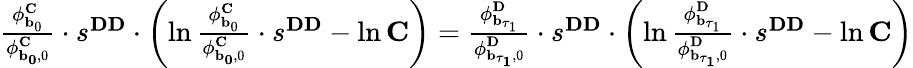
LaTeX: \begin{array}{r}{\frac{\mathbf{\phi}_{\mathbf{b}_{0}}^{\mathbf{C}}}{\mathbf{\phi}_{\mathbf{{b}_{0}},0}^{\mathbf{C}}}\cdot s^{\mathbf{DD}}\cdot\left(\ln\frac{\mathbf{\phi}_{\mathbf{b}_{0}}^{\mathbf{C}}}{\mathbf{\phi}_{\mathbf{{b}_{0}},0}^{\mathbf{C}}}\cdot s^{\mathbf{DD}}-\ln\mathbf{C}\right)=\frac{\mathbf{\phi}_{\mathbf{b}_{\tau_{1}}}^{\mathbf{D}}}{\mathbf{\phi}_{\mathbf{{b}_{\tau_{1}}},0}^{\mathbf{D}}}\cdot s^{\mathbf{DD}}\cdot\left(\ln\frac{\mathbf{\phi}_{\mathbf{b}_{\tau_{1}}}^{\mathbf{D}}}{\mathbf{\phi}_{\mathbf{{b}_{\tau_{1}}},0}^{\mathbf{D}}}\cdot s^{\mathbf{DD}}-\ln\mathbf{C}\right)}\end{array}